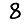
Digit: 8